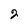
Character: 2